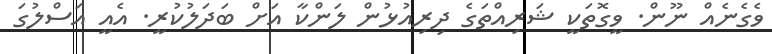
ވެގެނެއް ނޫން. ވީގޮތަކީ ޝަރިއްތަގެ ދިރިއުޅުން ލަންކާ އަށް ބަދަލުކުރީ. އެއީ އަސްލުގަ